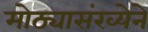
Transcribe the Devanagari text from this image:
मोठ्यासंख्येने